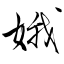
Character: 娥